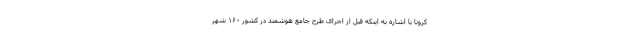
کرونا با اشاره به اینکه قبل از اجرای طرح جامع هوشمند در کشور ۱۶۰ شهر